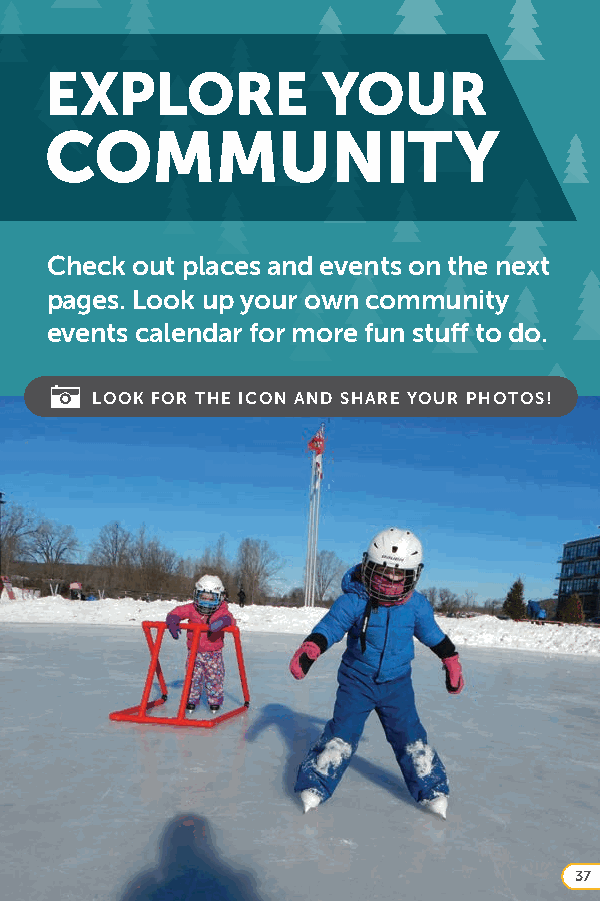
EXPLORE           YOUR
 COMMUNITY
 Check out places and events on the next
 pages. Look up your own community
 events calendar for more fun stuff to do.
 LOOK FOR THE ICON AND SHARE YOUR PHOTOS!
 37